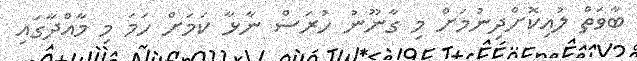
ބާވަތް ލުއިކޮށްދިނުމަށް މި ގާނޫނު ހުރަސް ނާޅާ ކަމަށް ހަމަ މި މާއްދާގައި